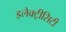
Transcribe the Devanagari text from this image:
इलैक्‍ट्रीसिटी